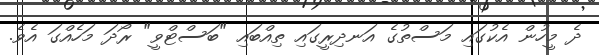
ދެ މީހުން އެކުގައި މަސްތުގެ އަނދިރީގައި ތިއްބައި "ބަސްޓްވީ" ރޯދަ މަހެއްގަ އެވެ.